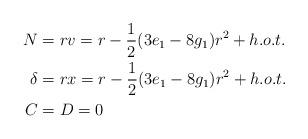
LaTeX: \begin{align*}N&=rv=r-\frac{1}{2}(3e_1-8g_1)r^2+h.o.t.\\\delta&=rx=r-\frac{1}{2}(3e_1-8g_1)r^2+h.o.t.\\C&=D=0\end{align*}